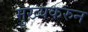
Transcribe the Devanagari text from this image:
मुख्यकरुन